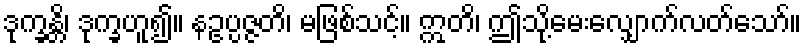
ဒုက္ခန္တိ၊ ဒုက္ခဟူ၍။ နဥပ္ပဇ္ဇတိ၊ မဖြစ်သင့်။ ဣတိ၊ ဤသို့မေးလျှောက်လတ်သော်။